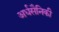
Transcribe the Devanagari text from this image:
अर्धसैनिकी